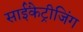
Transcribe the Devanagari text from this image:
साईंकेट्रीजिंग